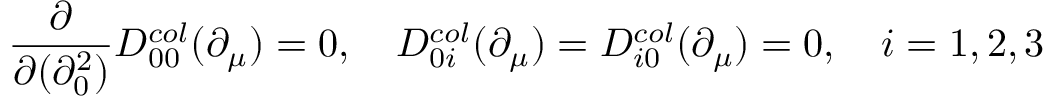
\frac { \partial } { \partial ( \partial _ { 0 } ^ { 2 } ) } D _ { 0 0 } ^ { c o l } ( \partial _ { \mu } ) = 0 , \quad D _ { 0 i } ^ { c o l } ( \partial _ { \mu } ) = D _ { i 0 } ^ { c o l } ( \partial _ { \mu } ) = 0 , \quad i = 1 , 2 , 3